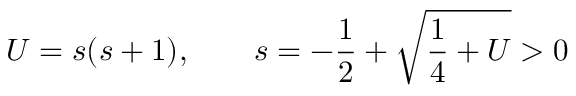
U = s ( s + 1 ) , \qquad s = - \frac 1 2 + \sqrt { \frac 1 4 + U } > 0